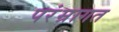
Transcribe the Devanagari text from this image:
परंम्रागत